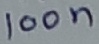
Text: 100n